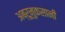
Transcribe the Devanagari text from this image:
अब्रूनुकसानी